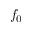
f _ { 0 }